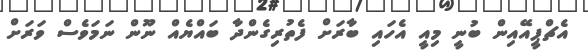
އެޗްޕީއޭއިން ބުނީ މިއީ އެހައި ބާރަށް ފެތުރިގެންދާ ބައްޔެއް ނޫން ނަމަވެސް ވަރަށް